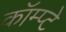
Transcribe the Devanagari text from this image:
कॉम्प्टे